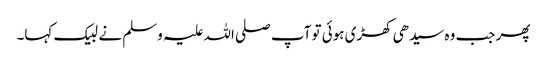
پھر جب وہ سیدھی کھڑی ہوئی تو آپ صلی اللہ علیہ وسلم نے لبیک کہا۔